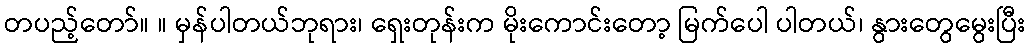
တပည့်တော်။ ။ မှန်ပါတယ်ဘုရား၊ ရှေးတုန်းက မိုးကောင်းတော့ မြက်ပေါ ပါတယ်၊ နွားတွေမွေးပြီး